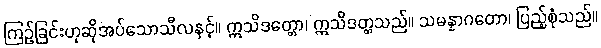
ကြဉ်ခြင်းဟုဆိုအပ်သောသီလနှင့်။ ဣသိဒတ္တော၊ ဣသိဒတ္တသည်။ သမန္နာဂတော၊ ပြည့်စုံသည်။